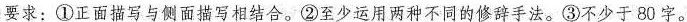
要求：①正面描写与侧面描写相结合。②至少运用两种不同的修辞手法。③不少于80字。